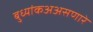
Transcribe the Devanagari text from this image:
बुध्यांकअअसणारे